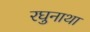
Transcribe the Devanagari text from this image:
रघुनाथा